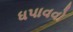
ધપાવવો